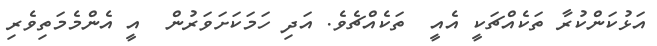
އަޅުކަންކުރާ ތަކެއްޗަކީ އެއީ  ތަކެއްޗެވެ. އަދި ހަމަކަށަވަރުން  އީ އެންމެމަތިވެރި